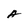
Character: A